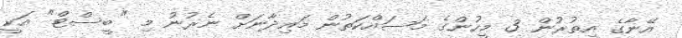
އޭނާގެ އިތުރުން 3 މީހުންގެ މަސައްކަތުން މައިދާނަށް ނެރުނު މި "ބީސްޓް" އަކީ